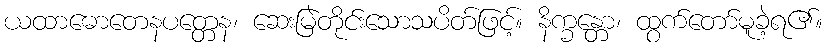
ယထာဓောတေနပတ္တေန၊ ဆေးမြဲတိုင်းသောသပိတ်ဖြင့်။ နိက္ခန္တော၊ ထွက်တော်မူခဲ့ရ၏။